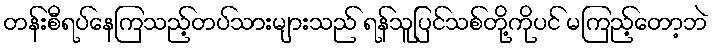
တန်းစီရပ်နေကြသည့်တပ်သားများသည် ရန်သူပြင်သစ်တို့ကိုပင် မကြည့်တော့ဘဲ